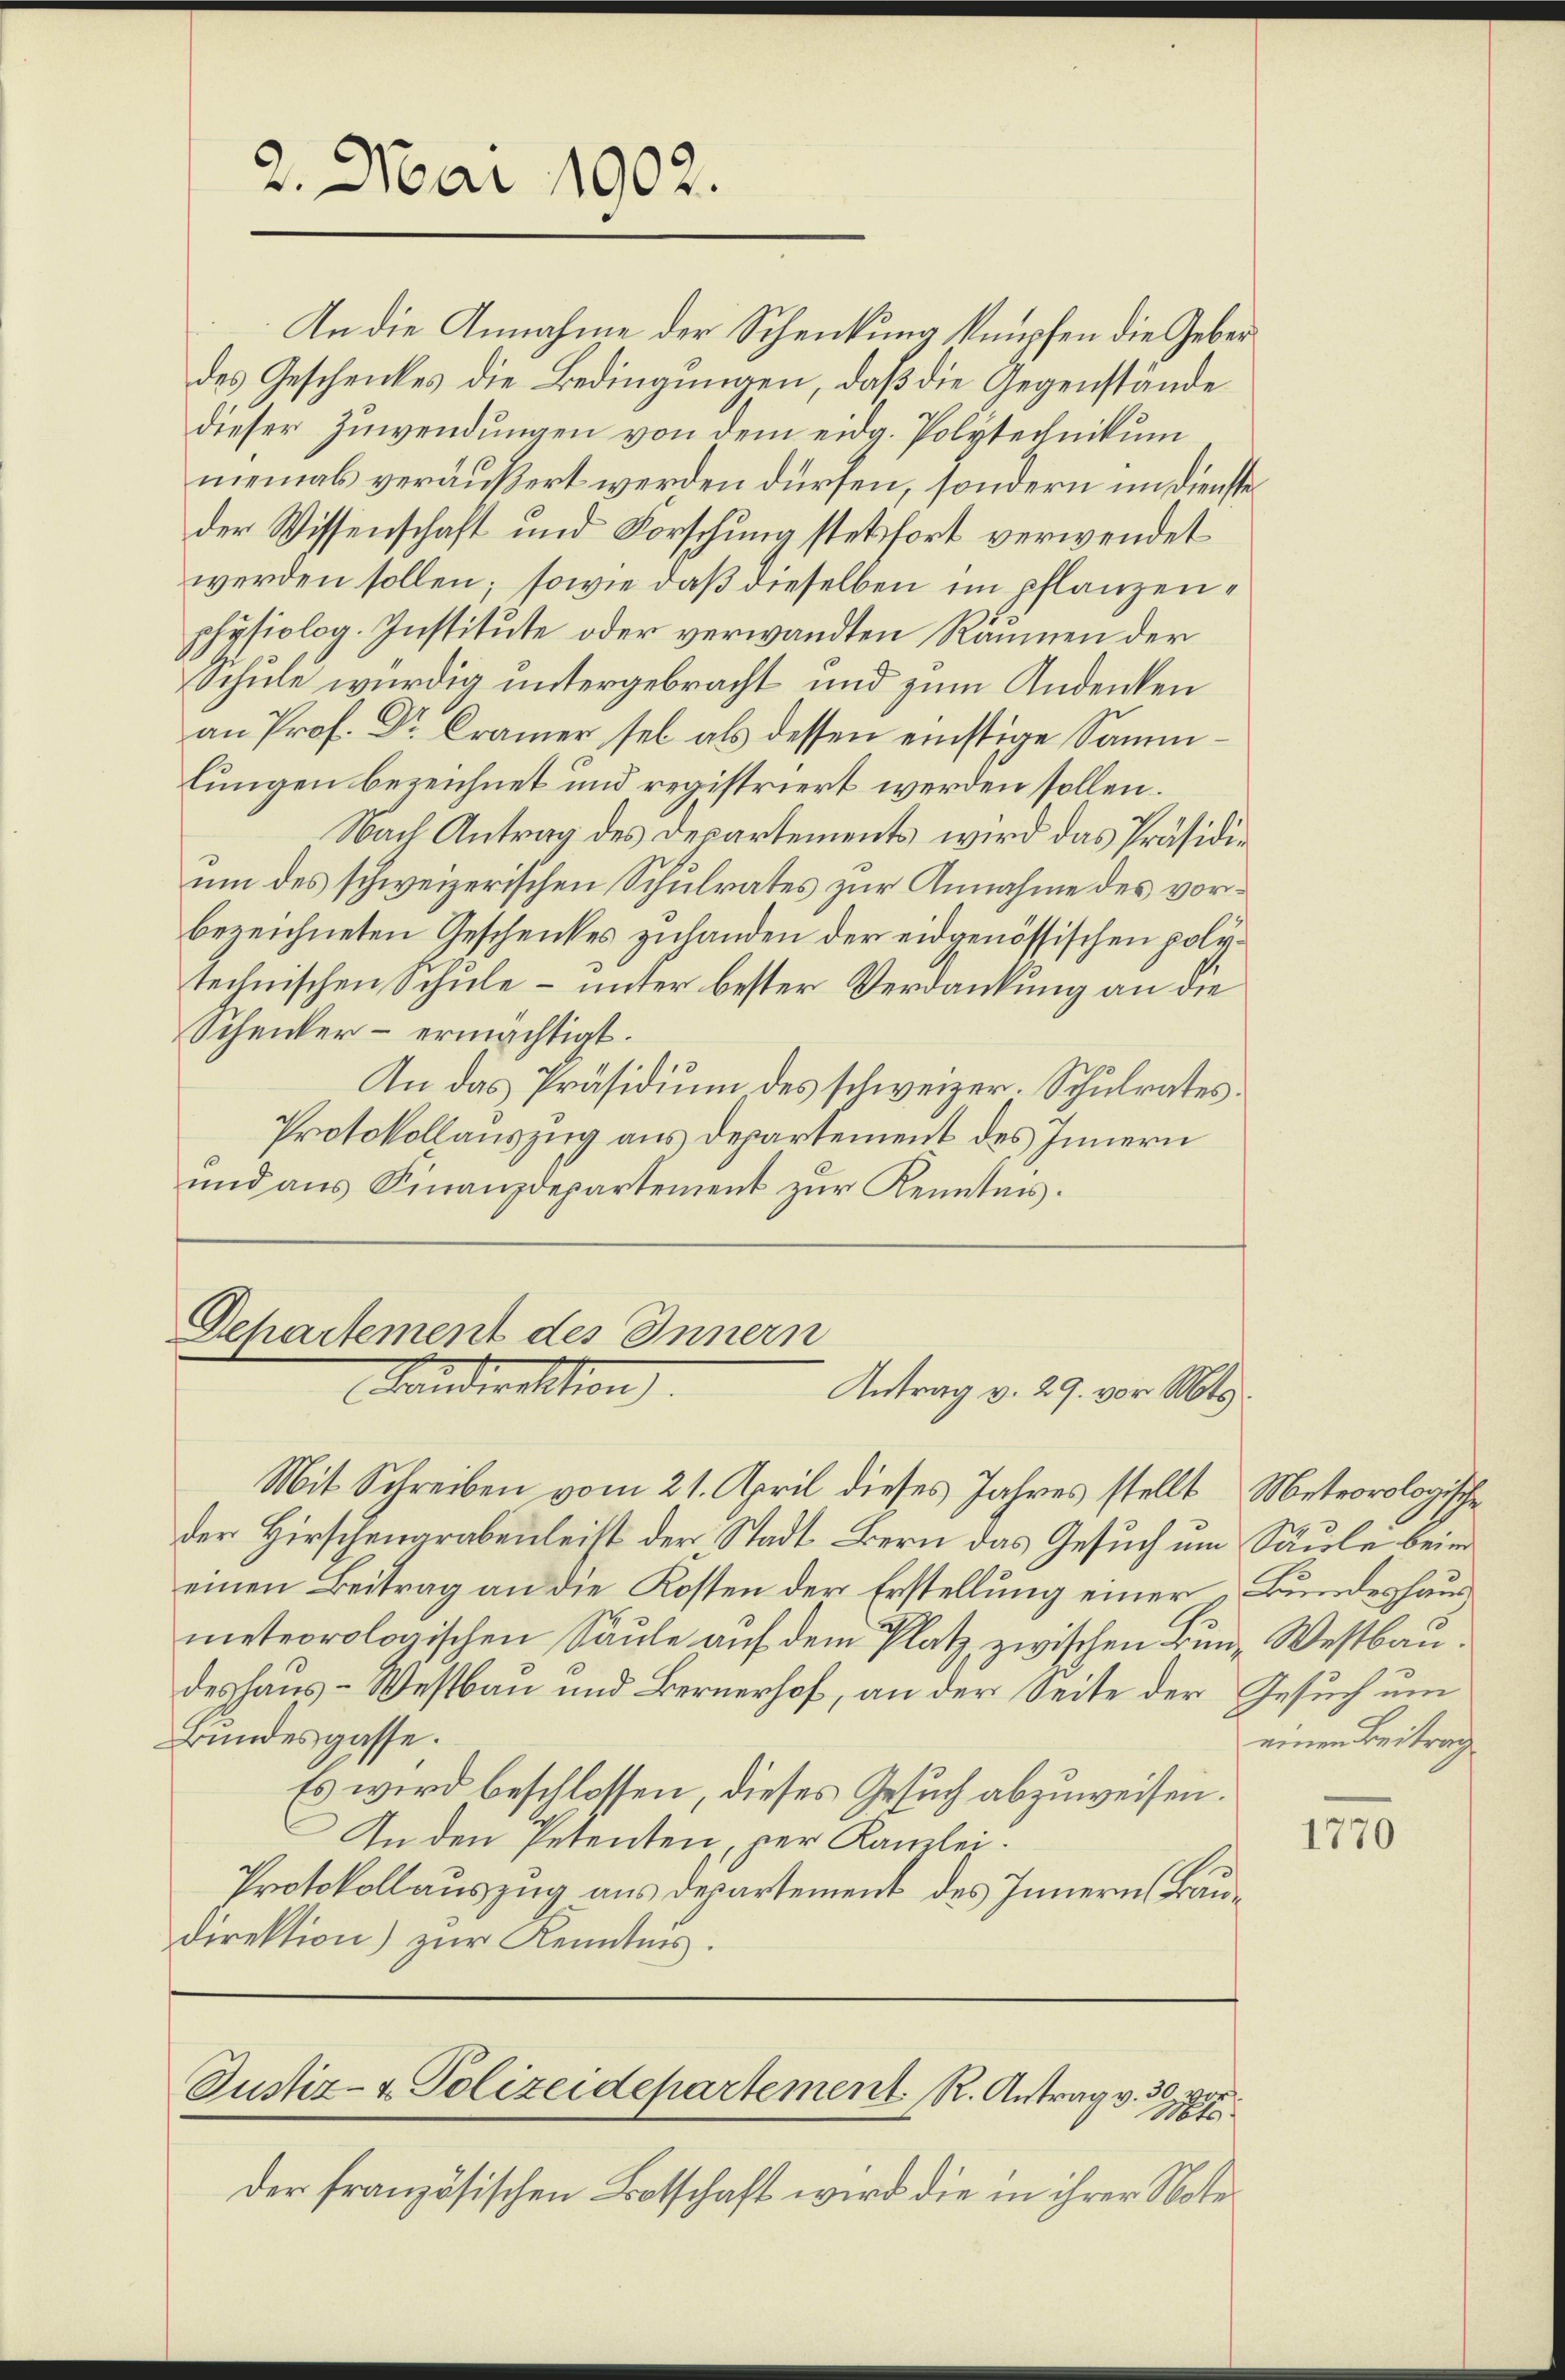
2. Mai 1902.

In die Annahme der Schenkung knüpfen die Geberdes Geschenkes die Bedingungen, daß die Gegenstände
dieser Zuwendungen von dem eidg. Polytechnikum
niemals veräußert werden dürfen, sondern um dienste
der Wissenschaft und Forschung stetsfort verwendet
werden sollen; sowie daß dieselben im pflanzenphysiolog. Institute oder verwandten Räumen der
Schule würdig untergebracht und zum Andenken
an Prof. Dr. Cramer sel als dessen einstige Sammlungen bezeichnet und registriert werden sollen.
Nach Antrag des Departements wird das Präsidium des schweizerischen Schulrates zur Annahme des vorbezeichneten Geschenkes zuhanden der eidgenössischen polytechnischen Schule – unter bester Verdankung an die
Schenker - ermächtigt.
An das Präsidium des schweizer. Schulrates
Protokollauszug aus Departement des Innern
ŭnd ans Finanzdepartement zŭr Kenntnis.

Mit Schreiben vom 21. April dieses Jahres stellt Meteorologische
der Hirschengrabenleist der Stadt Bern das Gesuch um Säule beim
einen Beitrag an die Kosten der Erstellung einer „Bundeshaus
meteorologischen Säule auf dem Platz, zwischen Bund Westbaudeshaus- Westbau und Bernerhof, an der Seite der Gesuch um
Bundesgasse.
Es wird beschlossen, dieses Gesuch abzuweisen.
An den Petenten, per Kanzlei.
Protokollauszug aus Departement des Innern Baudirektion) zur Kenntnis.

E
Departement des Innern
Standerellion
Antrag v. 29. vor. Mts.

Justiz- & Polizeidepartement. R. Antrag v. 30
2
Mater

einen Beitrag

der französischen Botschaft wird die in ihrer Note

1770